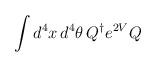
LaTeX: \begin{align*}\int d^{4} x \, d^{4}\theta\, Q^{\dagger} e^{2V} Q\end{align*}